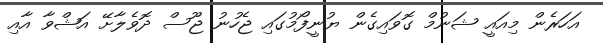
އަހަރެން މިއައީ ޝަނުމް ގޮވައިގެން ޔުނީފޯމުގައި ޖެހުނު ޖޫސް ދޮވެލާށޭ އަޝްވާ އާއި